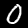
Label: 0